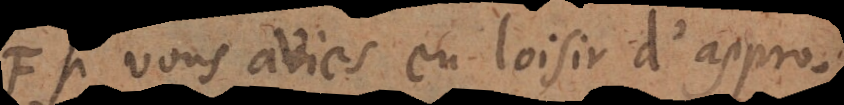
Si vous aviés eu loisir d’approfondir